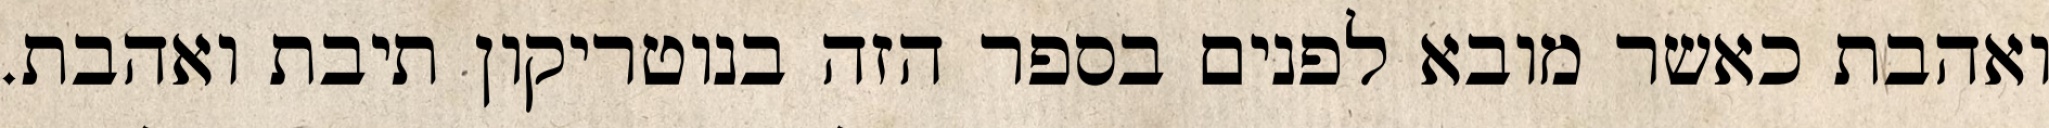
ואהבת כאשר מובא לפנים בספר הזה בנוטריקון תיבת ואהבת.